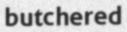
butchered